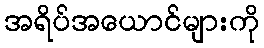
အရိပ်အယောင်များကို